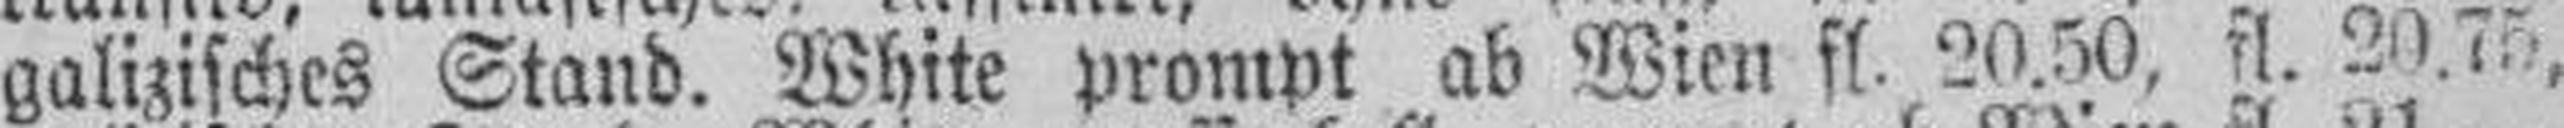
galizisches Stand. White prompt ab Wien fl. 20.50, fl. 20.75,